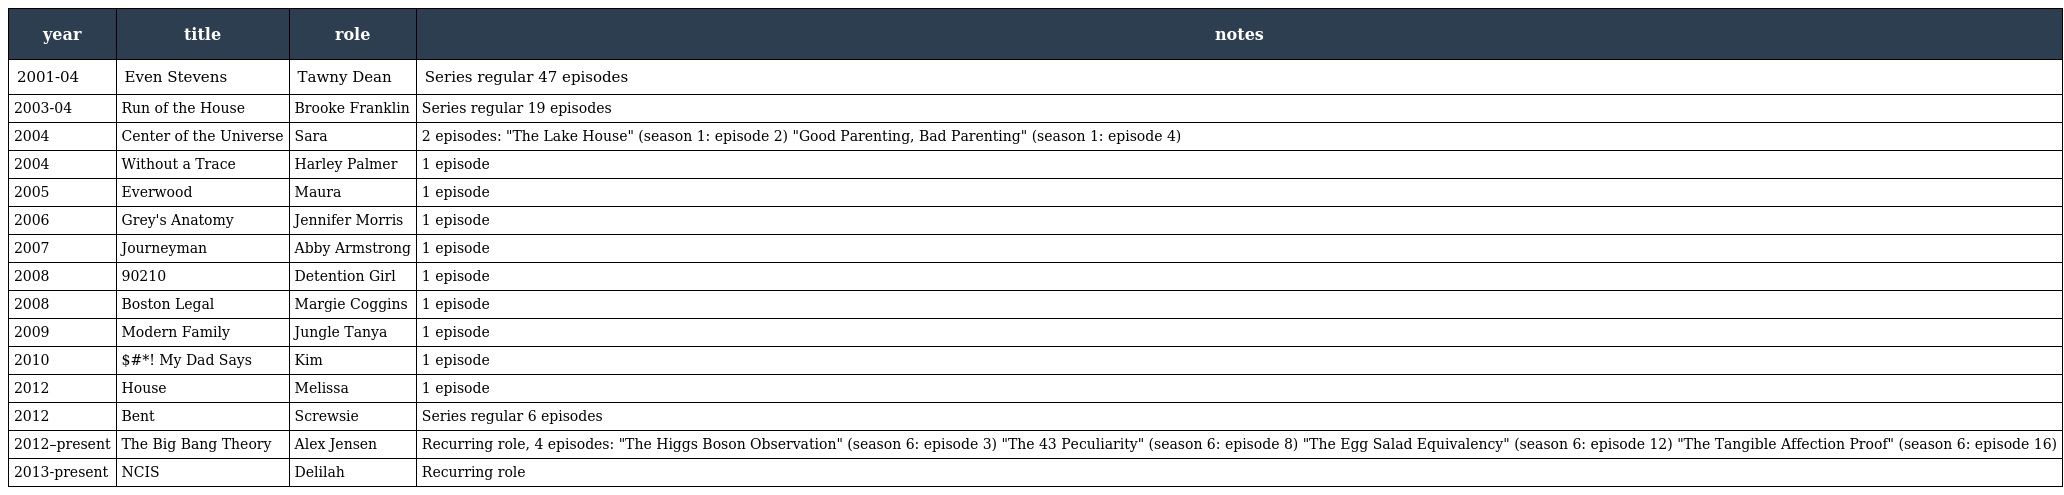
| year | title | role | notes |
 | --- | --- | --- | --- |
 | 2001-04 | Even Stevens | Tawny Dean | Series regular 47 episodes |
 | 2003-04 | Run of the House | Brooke Franklin | Series regular 19 episodes |
 | 2004 | Center of the Universe | Sara | 2 episodes: "The Lake House" (season 1: episode 2) "Good Parenting, Bad Parenting" (season 1: episode 4) |
 | 2004 | Without a Trace | Harley Palmer | 1 episode |
 | 2005 | Everwood | Maura | 1 episode |
 | 2006 | Grey's Anatomy | Jennifer Morris | 1 episode |
 | 2007 | Journeyman | Abby Armstrong | 1 episode |
 | 2008 | 90210 | Detention Girl | 1 episode |
 | 2008 | Boston Legal | Margie Coggins | 1 episode |
 | 2009 | Modern Family | Jungle Tanya | 1 episode |
 | 2010 | $#*! My Dad Says | Kim | 1 episode |
 | 2012 | House | Melissa | 1 episode |
 | 2012 | Bent | Screwsie | Series regular 6 episodes |
 | 2012–present | The Big Bang Theory | Alex Jensen | Recurring role, 4 episodes: "The Higgs Boson Observation" (season 6: episode 3) "The 43 Peculiarity" (season 6: episode 8) "The Egg Salad Equivalency" (season 6: episode 12) "The Tangible Affection Proof" (season 6: episode 16) |
 | 2013-present | NCIS | Delilah | Recurring role |